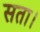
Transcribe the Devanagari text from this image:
सता।